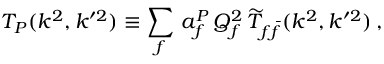
T _ { P } ( k ^ { 2 } , k ^ { \prime 2 } ) \equiv \sum _ { f } \, a _ { f } ^ { P } \, Q _ { f } ^ { 2 } \, { \widetilde T } _ { f \bar { f } } ( k ^ { 2 } , k ^ { \prime 2 } ) \, ,